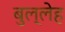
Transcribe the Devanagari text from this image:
बुल्लेह